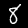
Label: 8